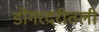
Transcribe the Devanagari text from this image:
डोंगरदरीतली